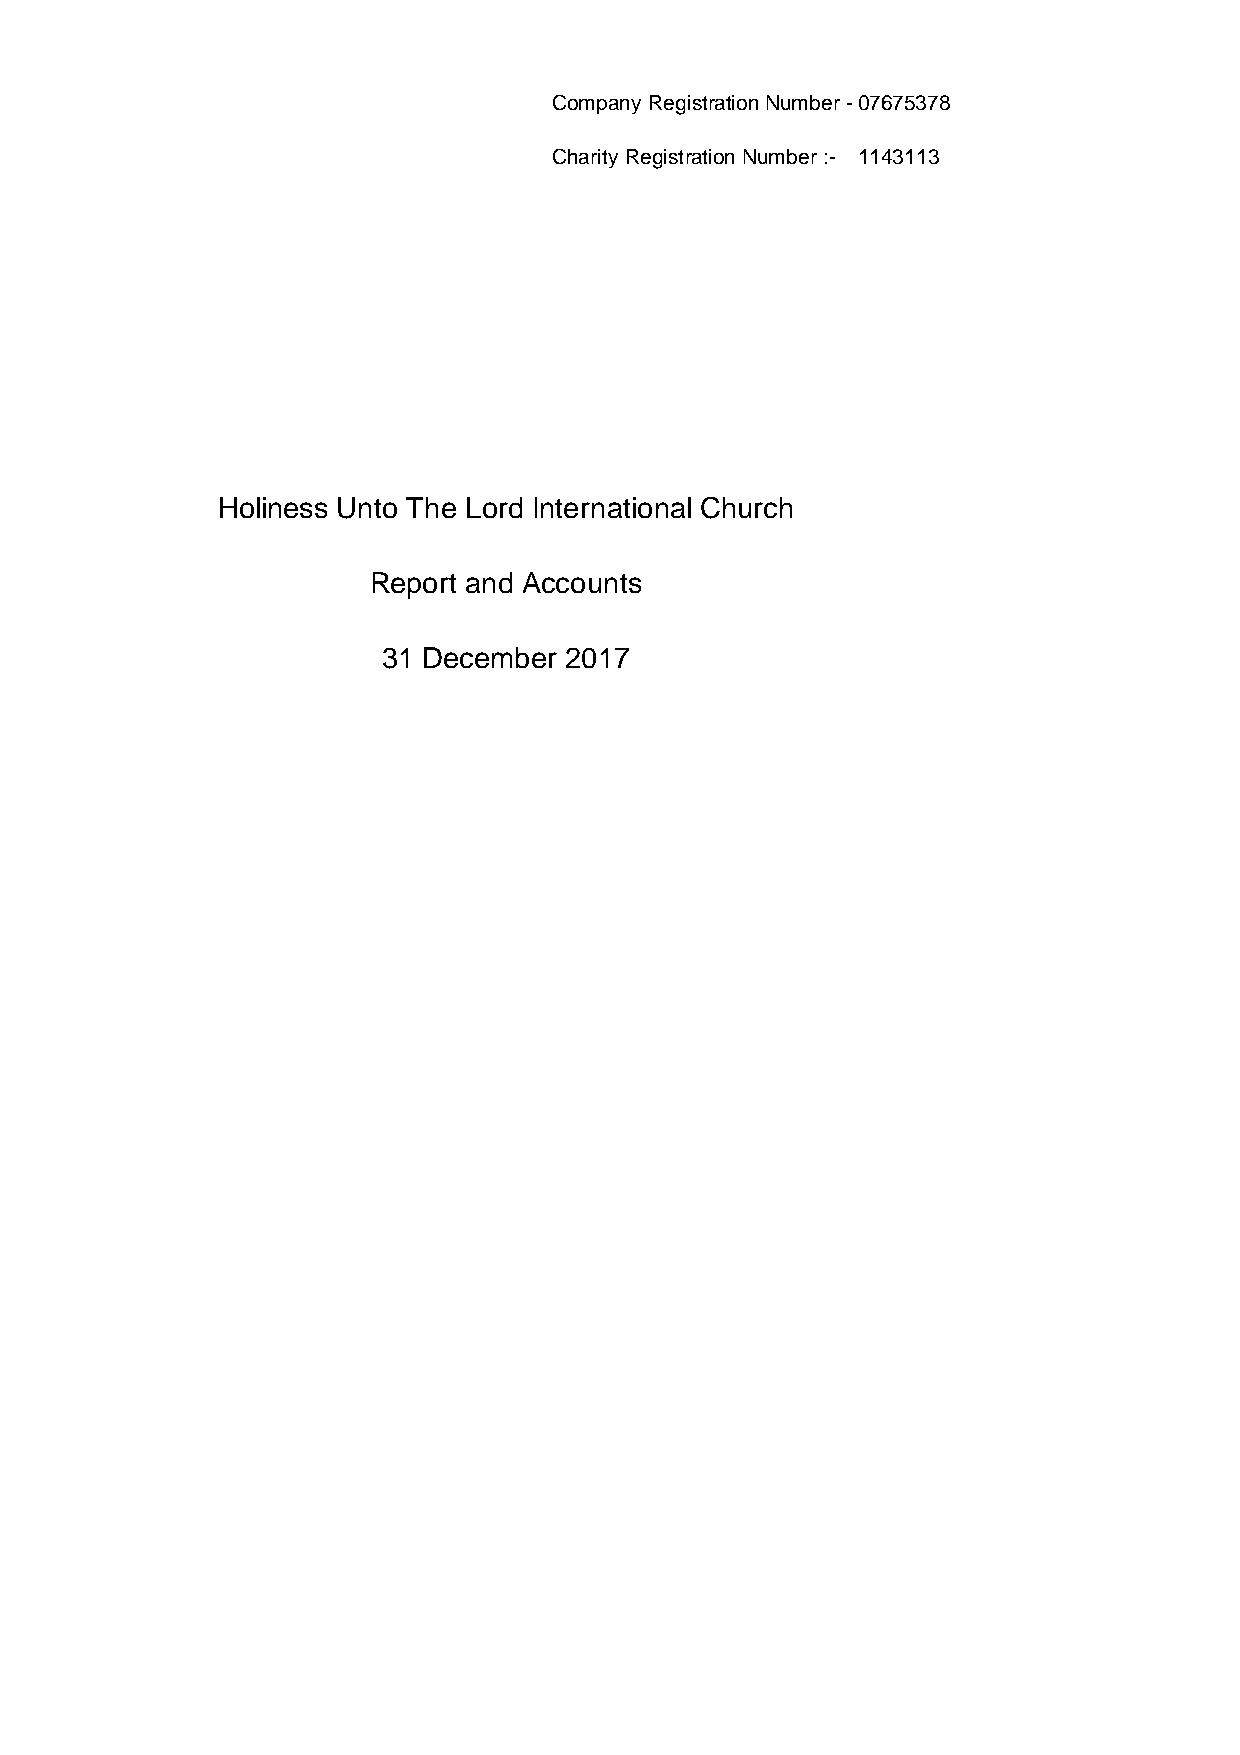
Company Registration Number - 07675378
 Charity Registration Number :- 1143113
 Holiness Unto The Lord International Church
 Report and Accounts
 31 December 2017